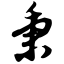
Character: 秉